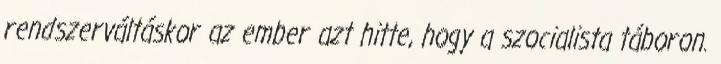
rendszerváltáskor az ember azt hitte, hogy a szocialista táboron.